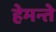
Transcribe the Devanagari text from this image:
हेमन्ते